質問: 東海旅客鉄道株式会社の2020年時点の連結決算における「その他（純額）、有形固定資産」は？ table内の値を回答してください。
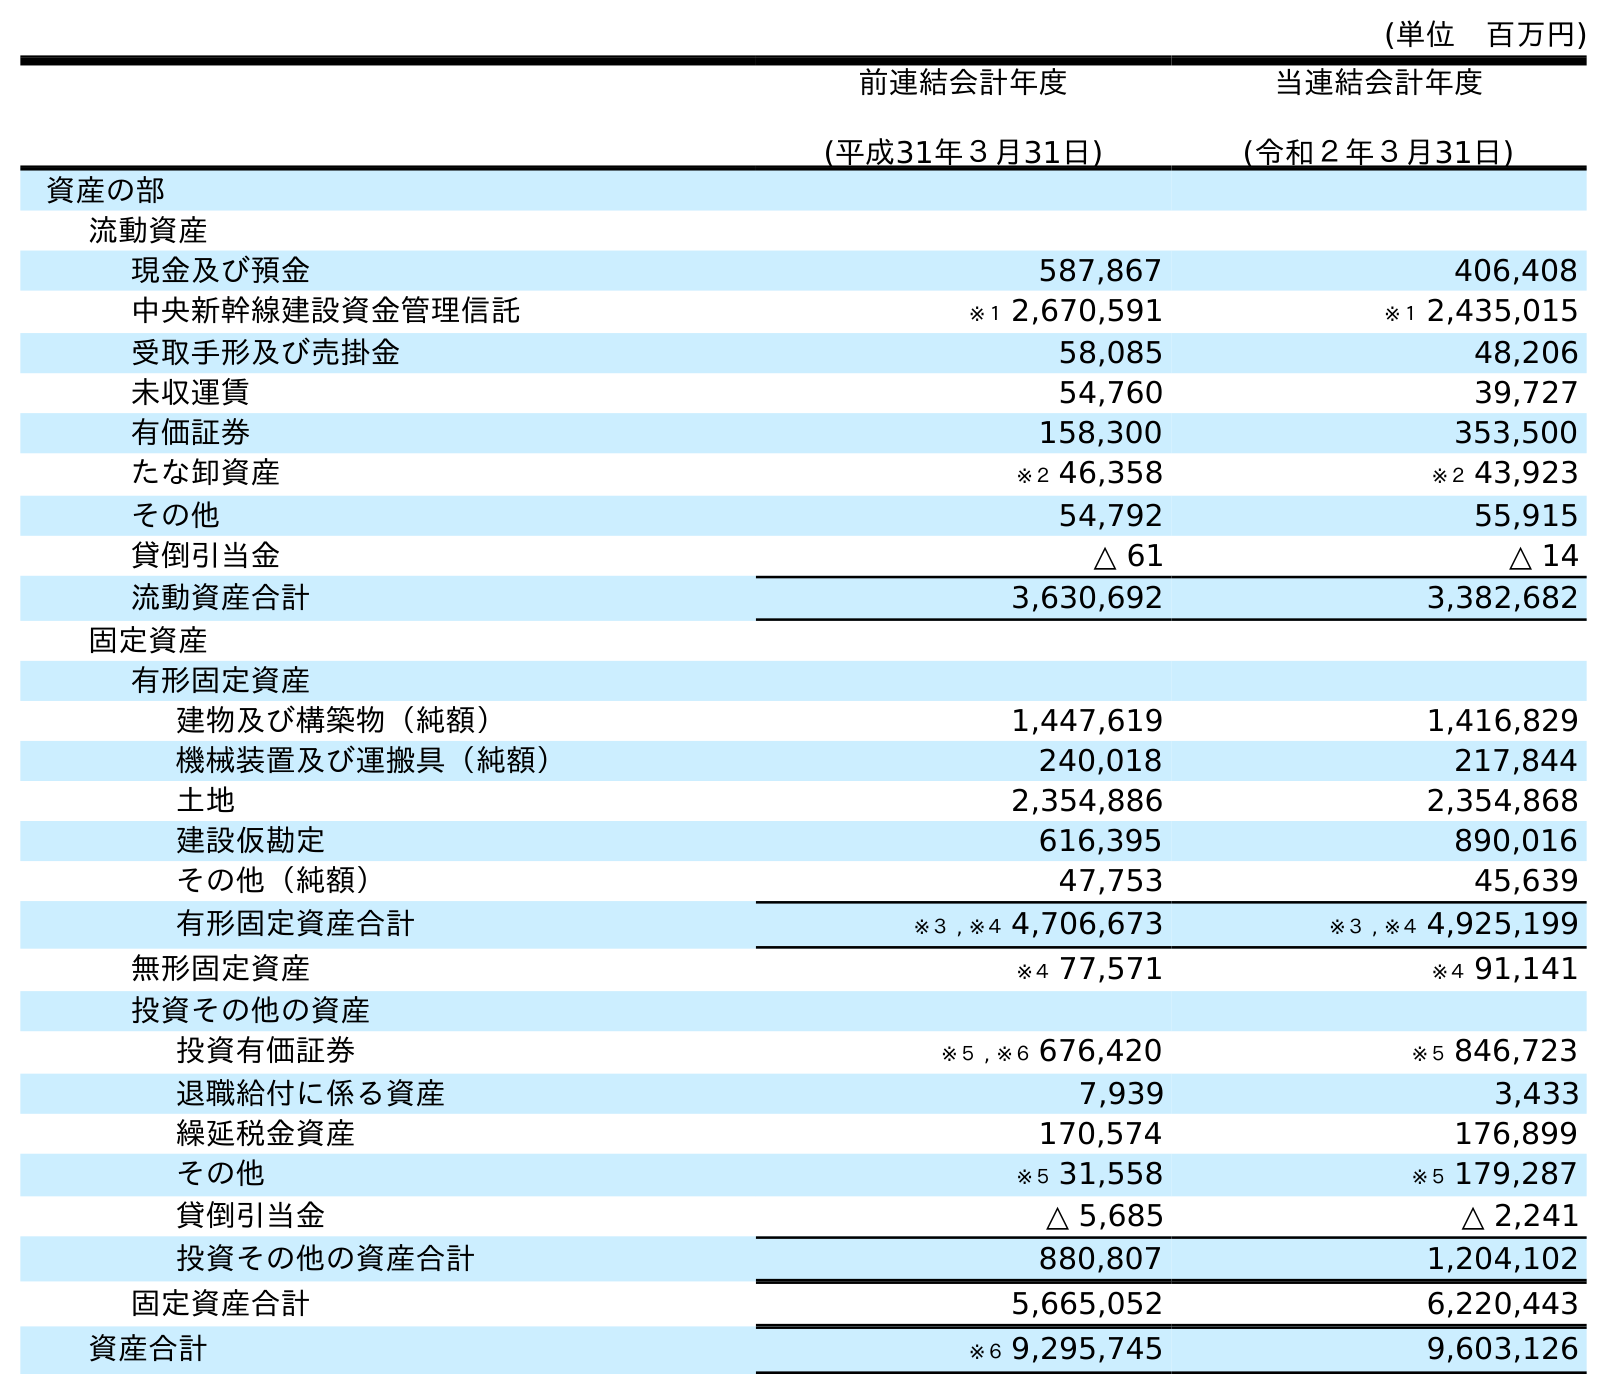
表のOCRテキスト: (単位 百万円) 前連結会計年度 (平成31年３月31日) 当連結会計年度 (令和２年３月31日) 資産の部 流動資産 現金及び預金 587,867 406,408 中央新幹線建設資金管理信託 ※１ 2,670,591 ※１ 2,435,015 受取手形及び売掛金 58,085 48,206 未収運賃 54,760 39,727 有価証券 158,300 353,500 たな卸資産 ※２ 46,358 ※２ 43,923 その他 54,792 55,915 貸倒引当金 △ 61 △ 14 流動資産合計 3,630,692 3,382,682 固定資産 有形固定資産 建物及び構築物（純額） 1,447,619 1,416,829 機械装置及び運搬具（純額） 240,018 217,844 土地 2,354,886 2,354,868 建設仮勘定 616,395 890,016 その他（純額） 47,753 45,639 有形固定資産合計 ※３ , ※４ 4,706,673 ※３ , ※４ 4,925,199 無形固定資産 ※４ 77,571 ※４ 91,141 投資その他の資産 投資有価証券 ※５ , ※６ 676,420 ※５ 846,723 退職給付に係る資産 7,939 3,433 繰延税金資産 170,574 176,899 その他 ※５ 31,558 ※５ 179,287 貸倒引当金 △ 5,685 △ 2,241 投資その他の資産合計 880,807 1,204,102 固定資産合計 5,665,052 6,220,443 資産合計 ※６ 9,295,745 9,603,126
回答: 45,639